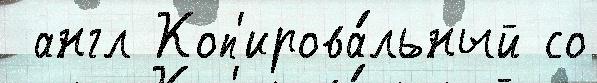
 англ Коп'ирова́льный со